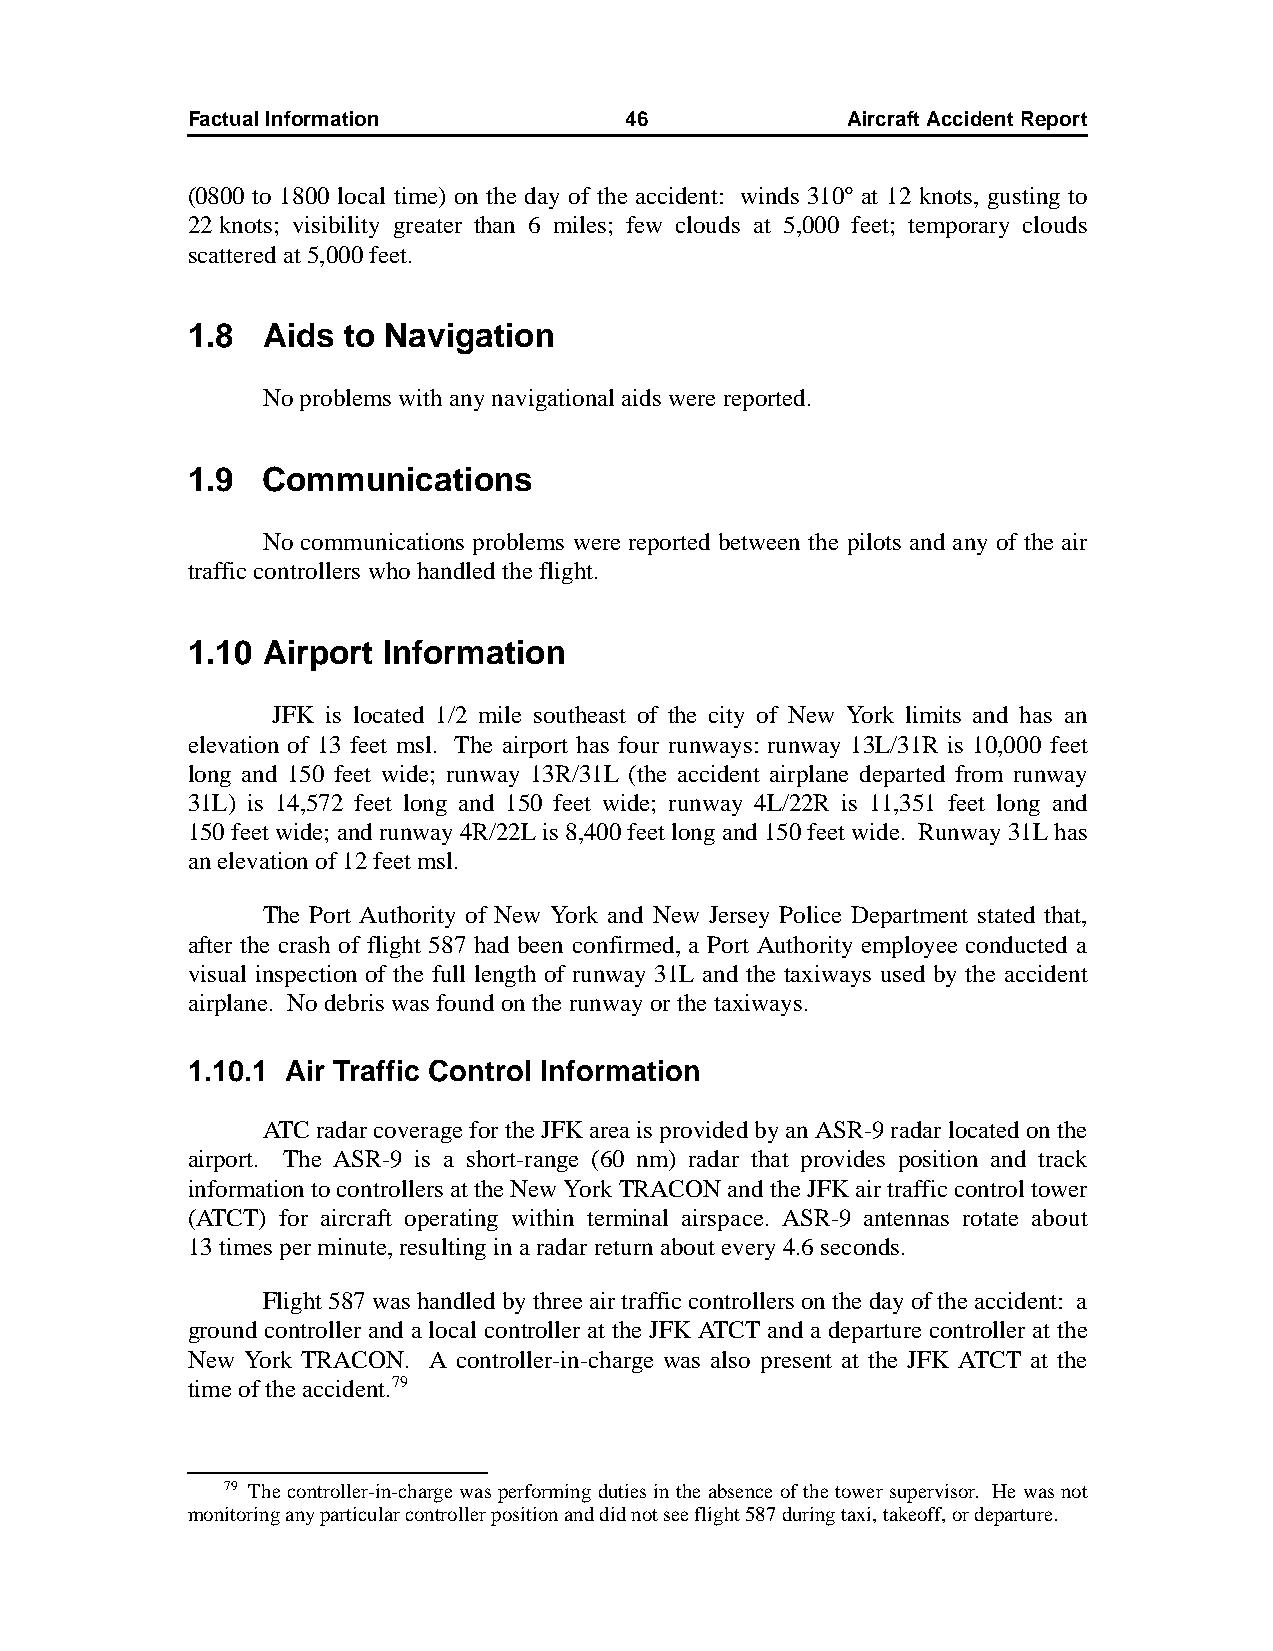
Factual Information          46             AircraftAccidentReport
 (0800 to 1800 local time) on the day of the accident: winds 310º at 12 knots, gusting to
 22knots; visibility greater than 6 miles; few clouds at 5,000 feet; temporary clouds
 scattered at 5,000 feet.
 1.8  Aids  to Navigation
 No problems with any navigational aids were reported.
 1.9  Communications
 No communications problems were reported between the pilots and any of the air
 traffic controllers who handled the flight.
 1.10 Airport Information
 JFK is located 1/2 mile southeast of the city of New York limits and has an
 elevation of 13 feet msl. The airport has four runways: runway 13L/31R is 10,000 feet
 long and 150 feet wide; runway 13R/31L (the accident airplane departed from runway
 31L) is 14,572 feet long and 150 feet wide; runway 4L/22R is 11,351 feet long and
 150feet wide; and runway 4R/22L is 8,400 feet long and 150 feet wide. Runway 31L has
 an elevation of 12 feet msl.
 The Port Authority of New York and New Jersey Police Department stated that,
 after the crash of flight 587 had been confirmed, a Port Authority employee conducted a
 visual inspection of the full length of runway 31L and the taxiways used by the accident
 airplane. No debris was found on the runway or the taxiways.
 1.10.1 Air Traffic Control Information
 ATC radar coverage for the JFK area is provided by an ASR-9 radar located on the
 airport. The ASR-9 is a short-range (60 nm) radar that provides position and track
 information to controllers at the New York TRACON and the JFK air traffic control tower
 (ATCT) for aircraft operating within terminal airspace. ASR-9 antennas rotate about
 13times per minute, resulting in a radar return about every 4.6seconds.
 Flight 587 was handled by three air traffic controllers on the day of the accident: a
 ground controller and a local controller at the JFK ATCT and a departure controller at the
 New York TRACON. A controller-in-charge was also present at the JFK ATCT at the
 time of the accident.79
 79 The controller-in-charge was performing duties in the absence of the tower supervisor. He was not
 monitoring any particular controller position and did not see flight 587 during taxi, takeoff, or departure.